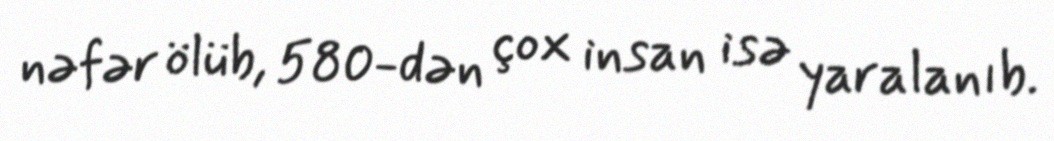
nəfər ölüb, 580-dən çox insan isə yaralanıb.